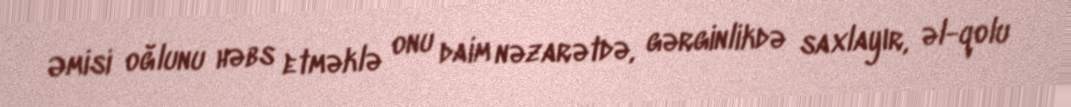
Əmisi oğlunu həbs etməklə onu daim nəzarətdə, gərginlikdə saxlayır, əl-qolu